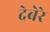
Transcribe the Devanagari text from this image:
देबेरे